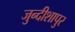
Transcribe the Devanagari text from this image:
जुन्दीशापुर